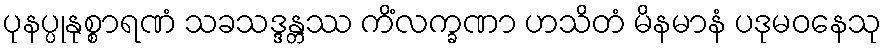
ပုနပ္ပုနုစ္စာရဏံ သခသဒ္ဒန္တဿ ကိံလက္ခဏာ ဟသိတံ မိနမာနံ ပဒုမဝနေသု